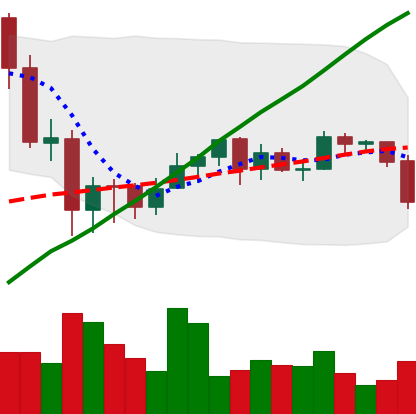
Ticker: ETH-USD
Chart end date: 2020-09-21
Forward return: 4.009%
Label: up_3_5